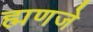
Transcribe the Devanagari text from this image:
ह्मणजे